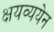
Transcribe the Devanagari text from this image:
क्षयव्ययेन